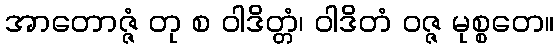
အာတောဇ္ဇံ တု စ ဝါဒိတ္တံ၊ ဝါဒိတံ ဝဇ္ဇ မုစ္စတေ။